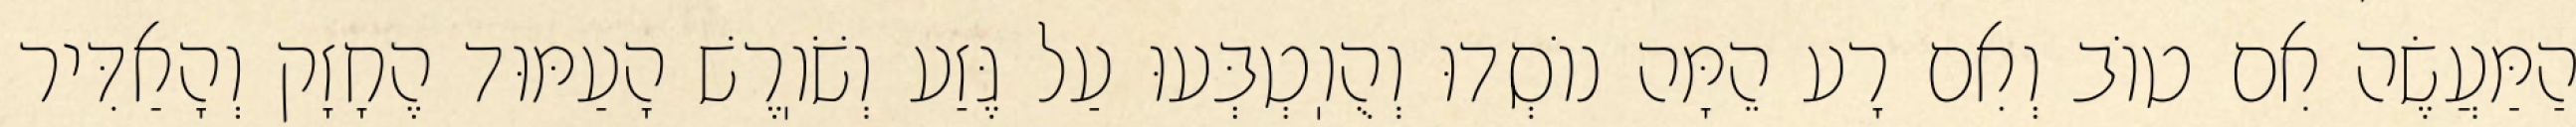
הַמַּעֲשֶׂה אִם טוֹב וְאִם רָע הֵמָּה נוֹסְדוּ וְהֻוֽטְבְּעוּ עַל גֶּזַע וְשֹׁוֽרֶשׁ הָעַמּוּד הֶחָזָק וְהָאַדִּיר